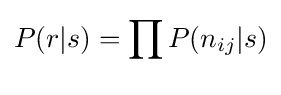
P(r|s)=\prod _{}P(n_{ij}|s)